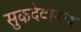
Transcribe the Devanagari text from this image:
सुकदेवानन्द